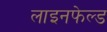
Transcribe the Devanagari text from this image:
लाइनफेल्ड